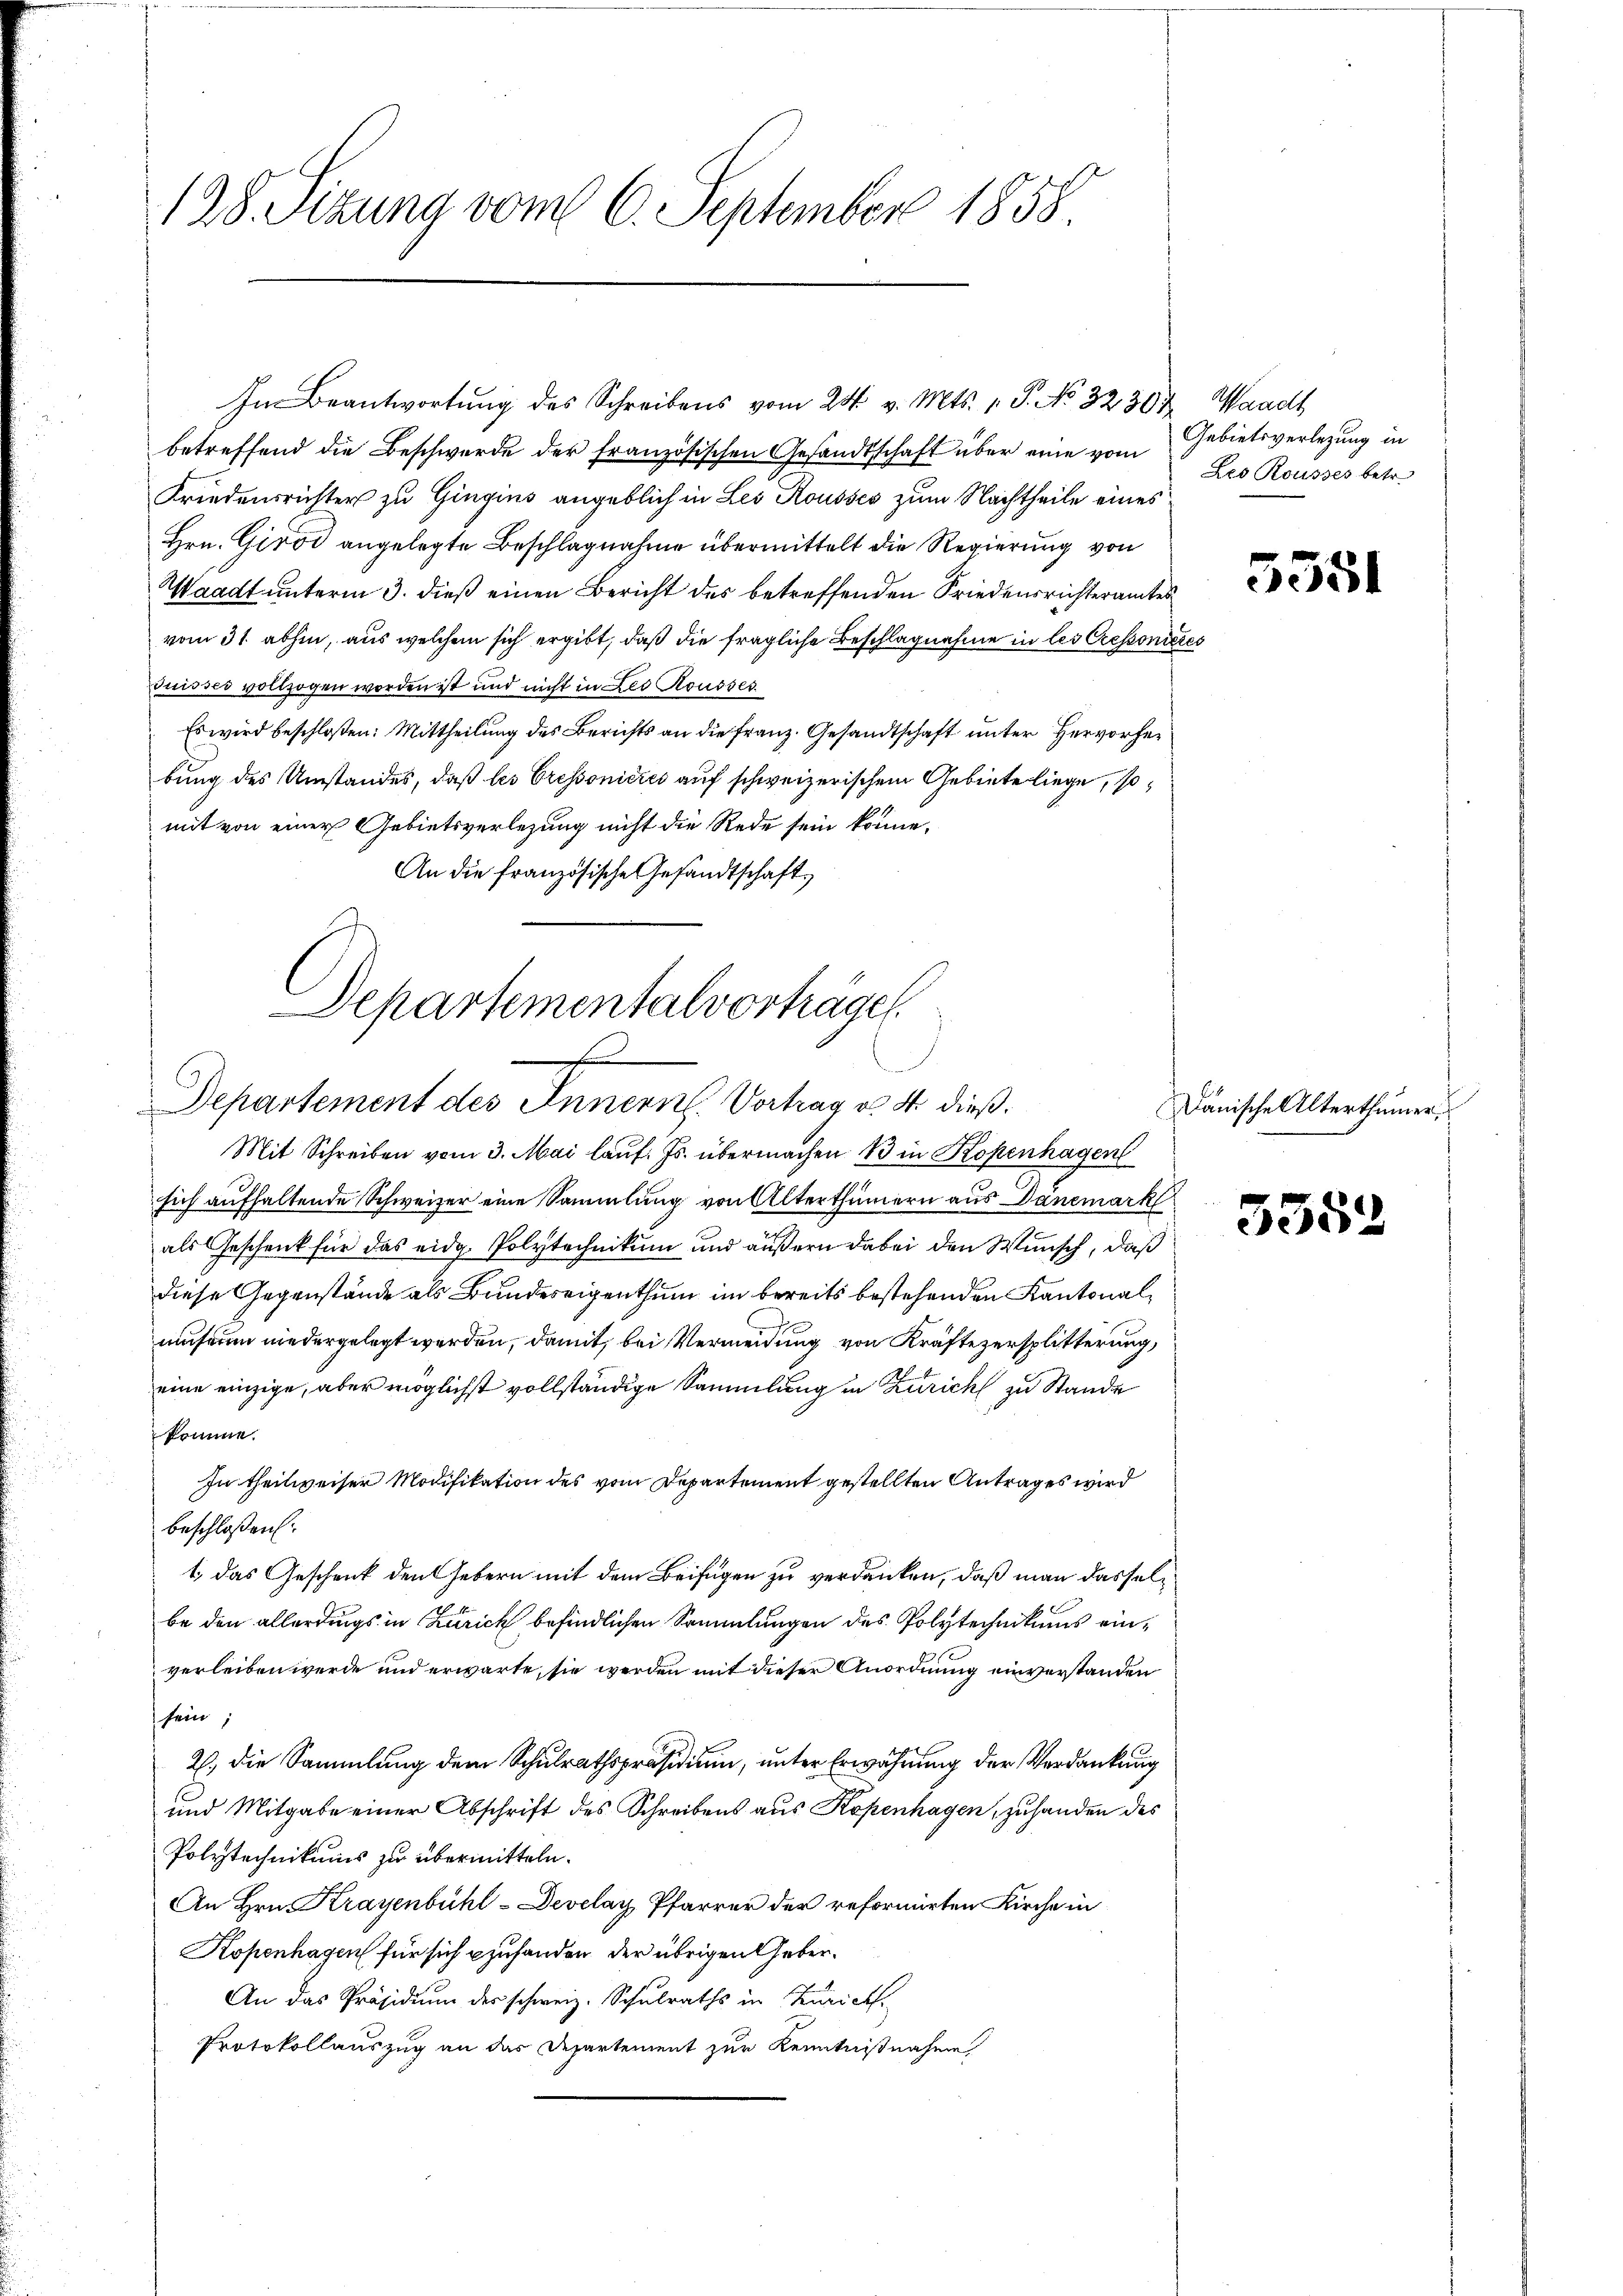
128. Sizung vom 6. September 1858.

Im Beantwortung des Schreibens vom 24. v. Mts. 1. P. No. 32304, Waadt
betreffend die Beschwerde der französischen Gesandtschaft über eine vom
Friedensrichter zu Gingins angeblich in Les Rousses zum Nachtheile eines
Hrn. Giro angelegte Beschlagnahme übermittelt die Regierung von
Waadt unterm 3. dieß einen Bericht des betreffenden Friedensrichteramtes
vom 31. abhin, aus welchem sich ergibt, daß die fragliche Beschlagnahme in les Cressonieres
Suisses vollzogen worden ist und nicht in Led Housses.
Es wird beschloßen: Mittheilung des Berichts an die Franz. Gesandtschaft unter Hervorher
bung des Umstandes, daß les Cressonicies auf schweizerischem Gebiete liege, somit von einer Gebietsverlegung nicht die Rede sein könne,
An die französische Gesandtschaft,
Mit Schreiben vom 3. Mai lauf. Js. übermachen 13 in Kopenhagen
sich aufhaltende Schweizer eine Sammlung von Alterthümern aus Danemark
als Geschenk für das eidg. Polytechnikum und äußern dabei den Wunsch, daß
diese Gegenstände als Bundeseigenthum im bereits bestehenden Kantonalmuseum niedergelegt werden, damit, bei Vermeidung von Kräftezersplitterung,
eine einzige, aber möglichst vollständige Sammlung in Zürich zu Stande
komme.
In theilweiser Modifikation des vom Departement gestellten Antrages wird
Beschloßen:
t, das Geschenk den Gebern mit dem Beifügen zu verdanken, daß man dasselbe den allerdings in Zürich befindlichen Sammlungen des Polytechnikums einverleiben werde und erwarte, sie werden mit dieser Anordnung einverstanden
sein;
2., die Sammlung dem Schulrathspräsidium, unter Erwähnung der Verdankung
und Mitgabe einer Abschrift des Schreibens aus Kopenhagen, zuhanden des
Polytechnikums zu übermitteln.
An Hrn. Krayenbühl-Develaz, Pfarrer der reformirten Kirche in
Kopenhagen für sich zufanden der übrigen Geber¬
An das Präsidium des schweiz. Schulraths in Zürich.
Protokollauszug an der Departement zur Kenntnißnahme

Departementalvorträge
Departement des Innern Vortrag v. 4. dieß¬

Gebietsverlegung in
Leo Rousses betr.

5551

Dänische Alterthümer

3552